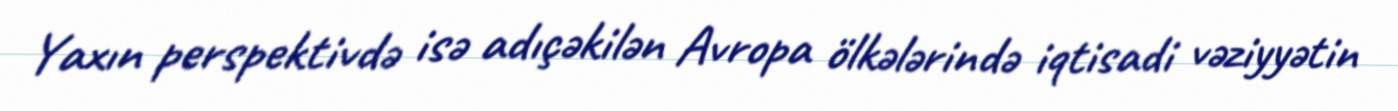
Yaxın perspektivdə isə adıçəkilən Avropa ölkələrində iqtisadi vəziyyətin